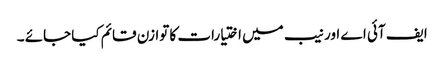
ایف آئی اے اور نیب میں اختیارات کا توازن قائم کیا جائے ۔